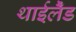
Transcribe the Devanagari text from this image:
थाईलैँड